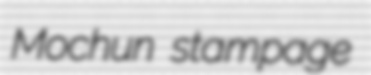
Mochun stampage